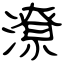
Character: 潦